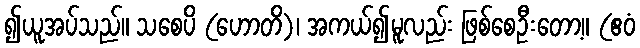
၍ယူအပ်သည်။ သစေပိ (ဟောတိ)၊ အကယ်၍မူလည်း ဖြစ်စေဦးတော့။ (ဧဝံ